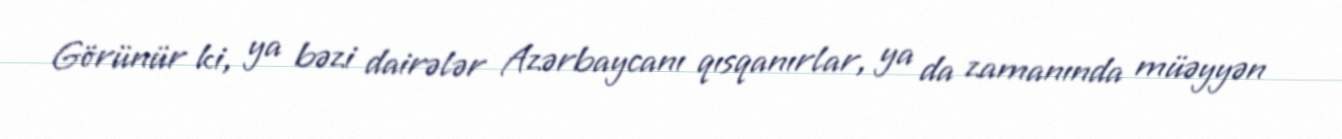
Görünür ki, ya bəzi dairələr Azərbaycanı qısqanırlar, ya da zamanında müəyyən